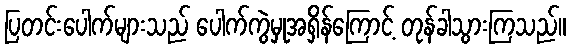
ပြတင်းပေါက်များသည် ပေါက်ကွဲမှုအရှိန်ကြောင့် တုန်ခါသွားကြသည်။